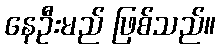
နေဦးမည် ဖြစ်သည်။